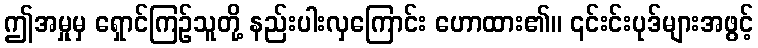
ဤအမှုမှ ရှောင်ကြဉ်သူတို့ နည်းပါးလှကြောင်း ဟောထား၏။ ၎င်းင်းပုဒ်များအဖွင့်